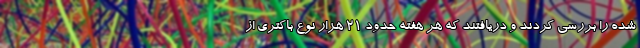
شده را بررسی کردند و دریافتند که هر هفته حدود ۲۱ هزار نوع باکتری از